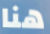
هنا